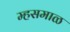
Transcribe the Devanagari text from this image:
म्हसमाळ